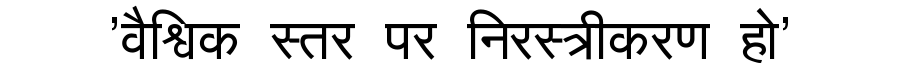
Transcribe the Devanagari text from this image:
'वैश्विक स्तर पर निरस्त्रीकरण हो'